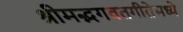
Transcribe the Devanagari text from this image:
श्रीमद्भगवतगीतेमध्ये